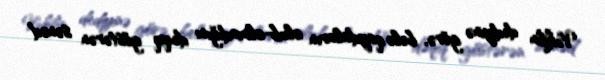
Vəkilin dediyinə görə, belə qaydaların olub-olmadığını dəqiq göstərən sənəd